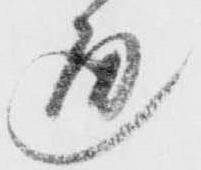
通